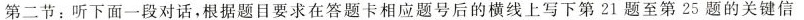
第二节:听下面一段对话,根据题目要求在答题卡相应题号后的横线上写下第21题至第25题的关键信